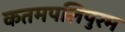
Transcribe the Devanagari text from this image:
कतमपलिपुरम